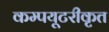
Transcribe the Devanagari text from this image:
कम्‍पयूटरीकृत